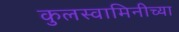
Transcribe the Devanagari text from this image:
कुलस्वामिनीच्या